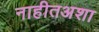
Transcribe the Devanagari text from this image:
नाहीतअशा